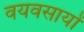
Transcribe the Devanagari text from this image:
वयवसायों